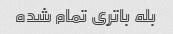
بله باتری تمام شده